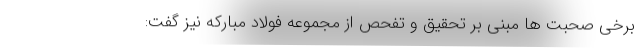
برخی صحبت ها مبنی بر تحقیق و تفحص از مجموعه فولاد مبارکه نیز گفت: